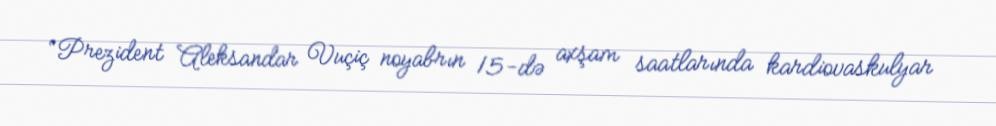
“Prezident Aleksandar Vuçiç noyabrın 15-də axşam saatlarında kardiovaskulyar